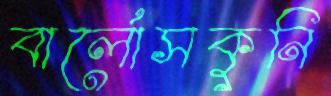
বার্লোসকুনি